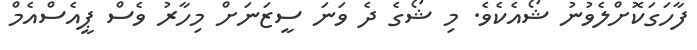
ފާހަގަކޮށްލެވުނު ޝޯއެކެވެ. މި ޝޯގެ ދެ ވަނަ ސީޒަނަށް މިހާރު ވެސް ޕީއެސްއެމް